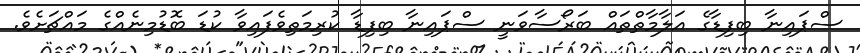
ސްޕައިނާ ބިފިޑާގެ އަލާމާތްތައް ބަރޯސާވަނީ ސްޕައިނާ ބިފިޑާ ކުރިމަތިވެފައިވާ ކުޑަ ބޮޑުމިނެއްގެ މައްޗަށެވެ.